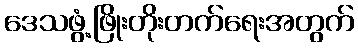
ဒေသဖွံ့ဖြိုးတိုးတက်ရေးအတွက်